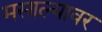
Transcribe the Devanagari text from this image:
मसाल्यावर